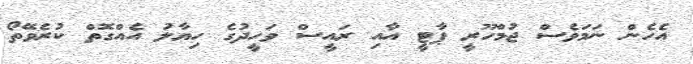
އެހެން ނަމަވެސް ޖުމްހޫރީ ޕާޓީ އާއި ރައީސް ވަހީދުގެ ހިޔާލު އެއްގޮތް ކުރެވޭތޯ